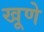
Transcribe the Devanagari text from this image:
खूणे